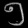
Digit: ၅